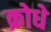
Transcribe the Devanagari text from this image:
क्रोधे